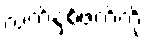
လက်နှစ်ဖက်ကို